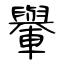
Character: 轝